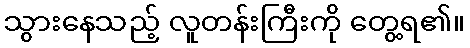
သွားနေသည့် လူတန်းကြီးကို တွေ့ရ၏။